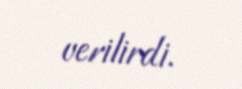
verilirdi.